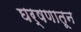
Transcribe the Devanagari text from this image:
घर्षणातून